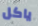
ياكل